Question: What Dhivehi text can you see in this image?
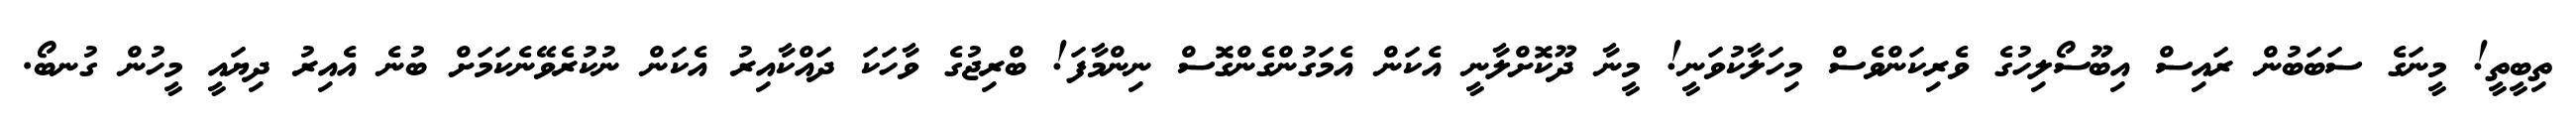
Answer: ތިބީތީ! މީނަގެ ސަބަބުން ރައިސް އިބޫސޯލިހުގެ ވެރިކަންވެސް މިހަލާކުވަނީ! މީނާ ދޫކޮށްލާނީ އެކަން އެމަގުންގެންގޮސް ނިންމާފަ! ބްރިޖުގެ ވާހަކަ ދައްކާއިރު އެކަން ނުކުރެވޭނެކަމަށް ބުނެ އެއިރު ދިޔައީ މީހުން ގުނބޯ.